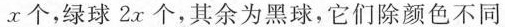
x个，绿球2x个，其余为黑球，它们除颜色不同